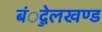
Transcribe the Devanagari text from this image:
बंुदेलखण्ड